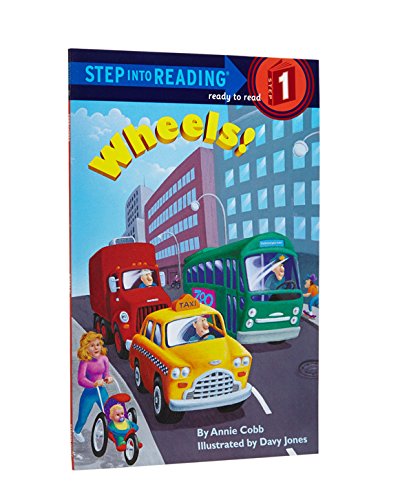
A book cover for Wheels! (Step-Into-Reading, Step 1); Annie Cobb; Children's Books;